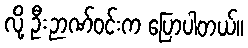
လို့ ဦးဉာဏ်ဝင်းက ပြောပါတယ်။